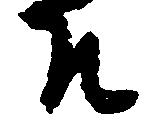
そ